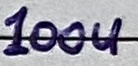
Text: 100u